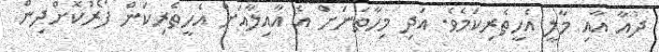
ދުއާ އާއި މާލީ އެހީތެރިކަމެވެ. އަދި މިހާތަނަށް އެ އާއިލާއަށް އެހީތެރިކަން ފޯރުކޮށްދިން